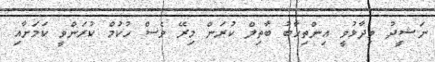
ނަޝީދު ވިދާޅުވީ އިންތިހާބު ބާތިލް ކުރަން މިރޭ ވެސް ހުކުމް ކުރަންވީ ކަމަށާއި